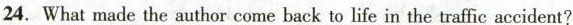
24.What made the author come back to life in the traffic accident?